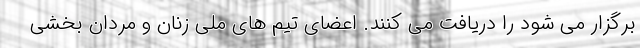
برگزار می شود را دریافت می کنند. اعضای تیم های ملی زنان و مردان بخشی